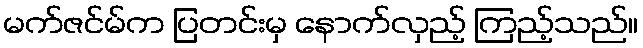
မက်ဇင်မ်က ပြတင်းမှ နောက်လှည့် ကြည့်သည်။